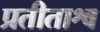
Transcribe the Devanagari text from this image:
प्रतीताश्व